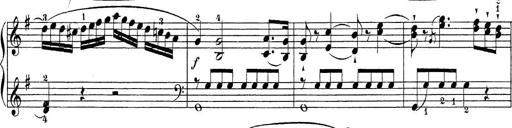
Title: Sonatina Album
Composer: Louis KÃ¶hler